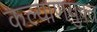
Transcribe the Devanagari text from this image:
कल्याणयुक्त